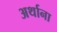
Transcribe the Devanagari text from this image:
अर्थाना